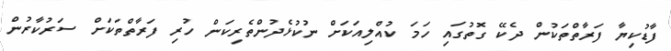
ފާޑުކިޔާ ފަރާތްތަކުން ދެކޭ ގޮތުގައި ހަމަ ކުއްލިއަކަށް ނުކުޅެދުންތެރިކަން ހުރި ފަރާތްތަކަށް ސަރުކާރުން